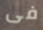
فى